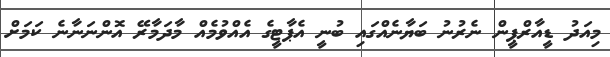
މިއަދު ޑީއާރްޕީން ނެރުނު ބަޔާނެއްގައި ބުނީ އެޕާޓީގެ އެއްވުމެއް މާދަމާރޭ އޮންނަނާނެ ކަމަށް